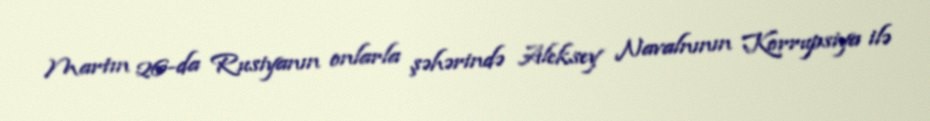
Martın 26-da Rusiyanın onlarla şəhərində Aleksey Navalnının Korrupsiya ilə